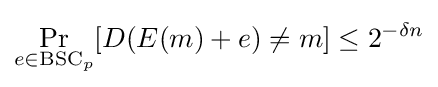
\Pr _{e\in {\text{BSC}}_{p}}[D(E(m)+e)\neq m]\leq 2^{-{\delta }n}